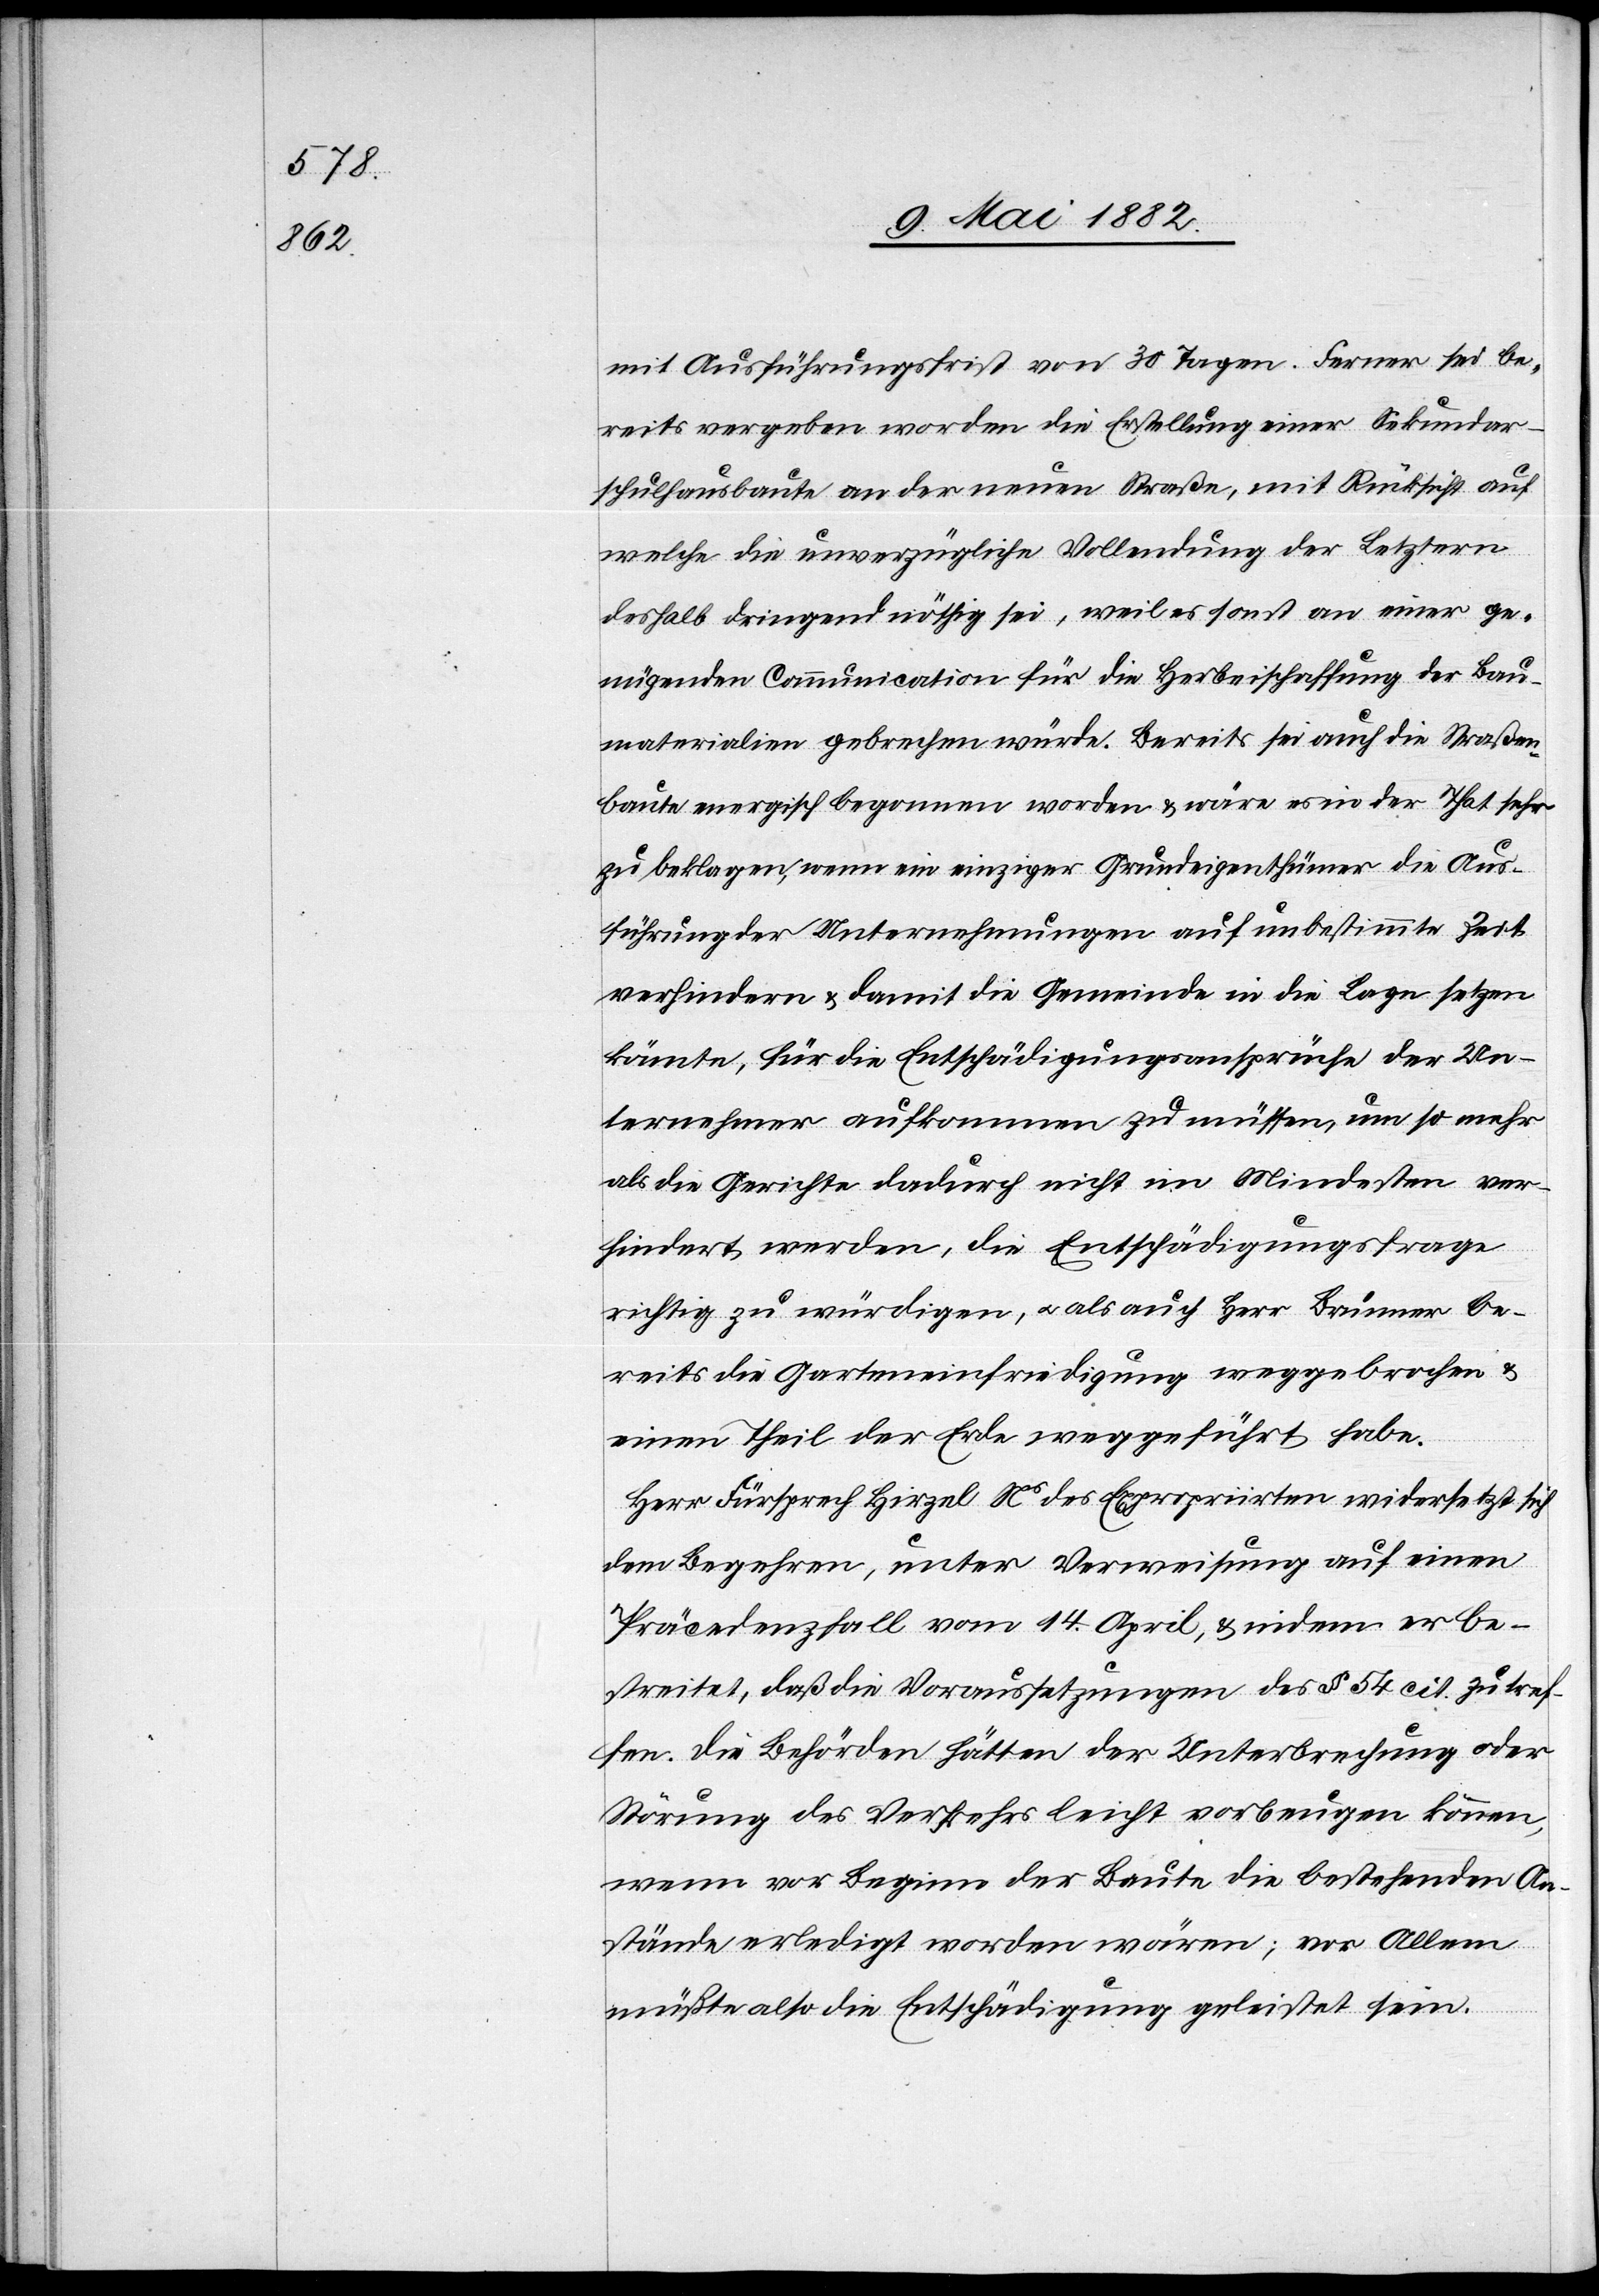
mit Ausführungsfrist von 30 Tagen. Ferner sei be¬
reits vergeben worden die Erstellung einer Sekundar¬
schulhausbaute an der neuen Straße, mit Rücksicht auf
welche die unverzügliche Vollendung der Letztern
deshalb dringend nöthig sei, weil es sonst an einer ge¬
nügenden Communication für die Herbeischaffung der Bau¬
materialien gebrechen würde. Bereits sei auch die Straßen¬
baute energisch begonnen worden & wäre es in der That sehr
zu beklagen, wenn ein einziger Grundeigenthümer die Aus¬
führung der Unternehmungen auf unbestimmte Zeit
verhindern & damit die Gemeinde in die Lage setzen
könnte, für die Entschädigungsansprüche der Un¬
ternehmer aufkommen zu müssen, um so mehr
als die Gerichte dadurch nicht im Mindesten ver¬
hindert werden, die Entschädigungsfrage
richtig zu würdigen, u. als auch Herr Brunner be¬
reits die Garteneinfriedung weggebrochen &
einen Theil der Erde weggeführt habe.
Herr Fürsprech Hirzel Ns des Expropriirten widersetzt sich
dem Begehren, unter Verweisung auf einen
Präcedenzfall vom 14. April, & indem er be¬
streitet, daß die Voraussetzungen des § 54 cit. zutref¬
fen. Die Behörden hätten der Unterbrechung oder
Störung des Verkehrs leicht vorbeugen können,
wenn vor Beginn der Baute die bestehenden An¬
stände erledigt worden wären; vor Allem
müßte also die Entschädigung geleistet sein.